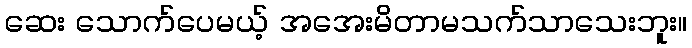
ဆေး သောက်ပေမယ့် အအေးမိတာမသက်သာသေးဘူး။